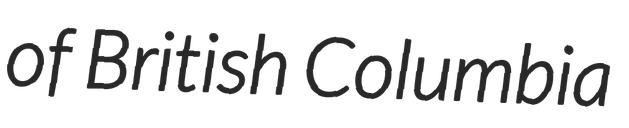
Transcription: of British Columbia